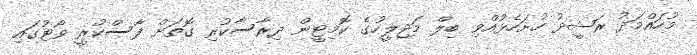
މުހައްމަދު ރަޝީދު ހުށަހެޅުއްވި ބިލް މަޖިލީހުގެ ކޮމިޓީން ދިރާސާކުރި ގޮތަށް ފާސްކުރީ ވޯޓުގައި